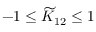
- 1 \le { \widetilde K } _ { 1 2 } \le 1